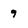
Character: 9